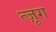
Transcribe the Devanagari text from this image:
त्ज़ूग